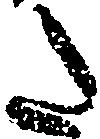
た